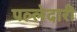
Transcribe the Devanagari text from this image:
पल्लेदारी